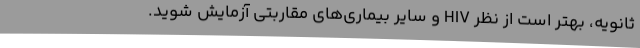
ثانویه، بهتر است از نظر HIV و سایر بیماری‌های مقاربتی آزمایش شوید.